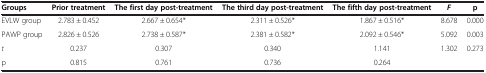
<table><thead><tr><td><b>Groups</b></td><td><b>Prior treatment</b></td><td><b>The first day post-treatment</b></td><td><b>The third day post-treatment</b></td><td><b>The fifth day post-treatment</b></td><td><b><i>F</i></b></td><td><b>p</b></td></tr></thead><tbody><tr><td>EVLW group</td><td>2.783 ± 0.452</td><td>2.667 ± 0.654*</td><td>2.311 ± 0.526*</td><td>1.867 ± 0.516*</td><td>8.678</td><td>0.000</td></tr><tr><td>PAWP group</td><td>2.826 ± 0.526</td><td>2.738 ± 0.587*</td><td>2.381 ± 0.582*</td><td>2.092 ± 0.546*</td><td>5.092</td><td>0.003</td></tr><tr><td><i>t</i></td><td>0.237</td><td>0.307</td><td>0.340</td><td>1.141</td><td>1.302</td><td>0.273</td></tr><tr><td>p</td><td>0.815</td><td>0.761</td><td>0.736</td><td>0.264</td><td> </td><td> </td></tr></tbody></table>